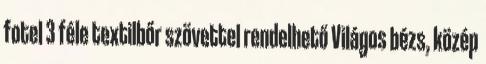
fotel 3 féle textilbőr szövettel rendelhető Világos bézs, közép